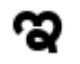
ఇ